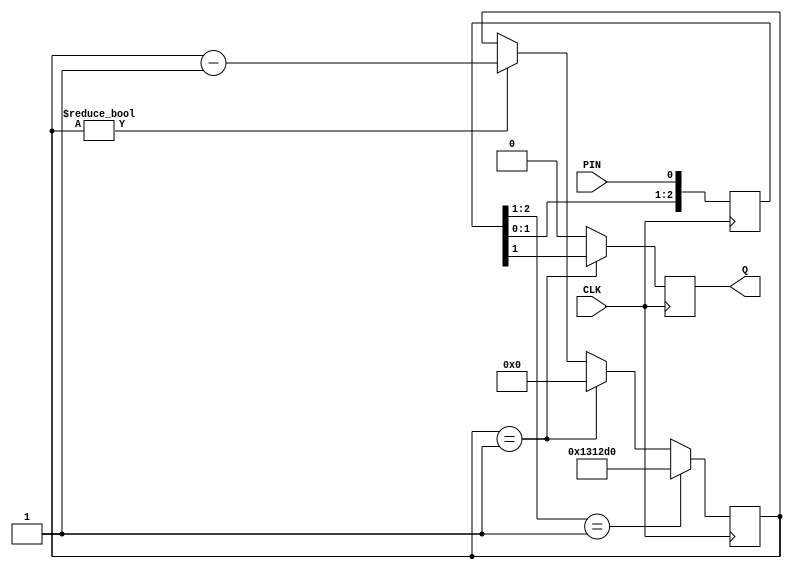
`timescale 1ns / 1ps
`define SYSCLOCK_FREQ 125000000

//======================================================================================================================
// button() - Detects the high-going or low-going edge of a pin 
//
// Input:  CLK = system clock
//         PIN = the pin to look for an edge on
//
// Output:  Q = 1 if an active-going edge is detected, otherwise 0
//
// Notes: edge detection is fully debounced.  Q only goes high if a specified pin is still active
//        10ms after the active-going edge was initially detected 
//======================================================================================================================
module button#(parameter C_ACTIVE=1) (input CLK, input PIN, output Q);
    
    localparam [31:0] DEBOUNCE_PERIOD = `SYSCLOCK_FREQ / 100;
    
    // Determine how many bits wide "DEBOUNCE_PERIOD"
    localparam COUNTER_WIDTH = $clog2(DEBOUNCE_PERIOD);

    // If ACTIVE=1, an active edge is low-to-high.  If ACTIVE=0, an active edge is high-to-low
    localparam ACTIVE_EDGE = C_ACTIVE ? 2'b01 : 2'b10;
    
    // All three bits of button_sync start out in the "inactive" state
    (* ASYNC_REG = "TRUE" *) reg [2:0] button_sync = C_ACTIVE ? 3'b000 : 3'b111;
    
    // This count will clock down as a debounce timer
    reg [COUNTER_WIDTH-1 : 0] debounce_clock = 0;
    
    // This will be 1 on any clock cycle that a fully debounced active-going edge is detected
    reg edge_detected = 0;    
    
    // We're going to check for edges on every clock cycle
    always @(posedge CLK) begin

        // Bit 2 is the oldest reliable state
        // Bit 1 is the newest reliable state
        // Bit 0 should be considered metastable        
        button_sync[2] <= button_sync[1];
        button_sync[1] <= button_sync[0];
        button_sync[0] <= PIN;
        
        // Presume for the moment that we haven't detected the active-going edge of the button        
        edge_detected <= 0;       
        
        // If the debounce clock is about to expire, find out of the user-specfied pin is still active
        if (debounce_clock == 1) begin
            edge_detected <= (button_sync[1] == C_ACTIVE);
            debounce_clock <= 0;
        end
        
        // Otherwise, if the debounce clock is still counting down, decrement it
        else if (debounce_clock != 0) begin
            debounce_clock <= debounce_clock - 1;
        end  
        
        // If the pin is high and was previously low, start the debounce clock
        if (button_sync[2:1] == ACTIVE_EDGE) debounce_clock <= DEBOUNCE_PERIOD;
    end
    
    // The output wire always reflects the state of the 'edge_detected' register
    assign Q = edge_detected;
    
endmodule
//======================================================================================================================